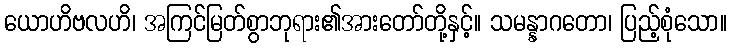
ယောဟိဗလဟိ၊ အကြင်မြတ်စွာဘုရား၏အားတော်တို့နှင့်။ သမန္နာဂတော၊ ပြည့်စုံသော။